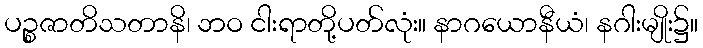
ပဉ္စဇာတိသတာနိ၊ ဘဝ ငါးရာတို့ပတ်လုံး။ နာဂယောနီယံ၊ နဂါးမျိုး၌။